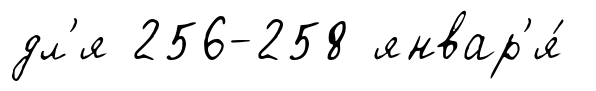
дл'я 256-258 январ'я́